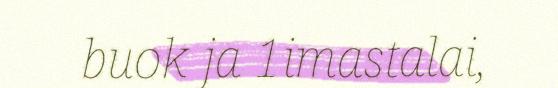
buok ja 1imastalai,